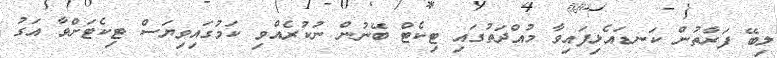
ލިބޭ ފަރާތުން ކަނޑައެޅިފައިވާ މުއްދަތުގައި ޓިކެޓް ބޭނުން ނުކުރެއްވި ކަމުގައިވިޔަސް ޓިކެޓަށްވާ އަގު